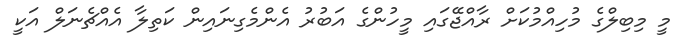
މީ މިިބިލްގެ މުހިއްމުކަށް ރާއްޖޭގައި މީހުންގެ އަބުރު އެންމެގިނައިން ކަތިލާ އެއްޗެނަލް އަކީ